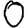
Digit: 0